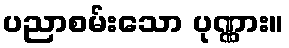
ပညာစမ်းသော ပုဏ္ဏား။